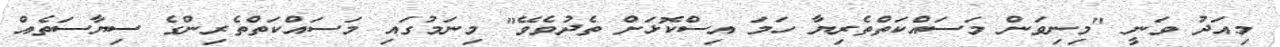
މިއަދު ވަނީ "މިނިވަން މަސައްކަތްތެރިޔާ ހަމަ އިސްކޮޅަށް ތެދުވެވޭ" މިނަމުގައި މަސައްކަތްތެރިންގެ ސިޔާސަތެއް